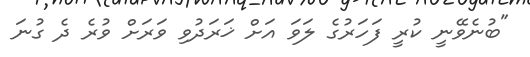
"ބުނެވޭނީ ކުރީ ފަހަރުގެ ލަވަ އަށް ޚަރަދުވި ވަރަށް ވުރެ ދެ ގުނަ